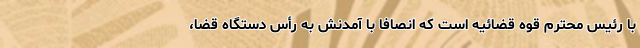
با رئیس محترم قوه قضائیه است که انصافاً با آمدنش به رأس دستگاه قضا،